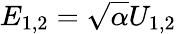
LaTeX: E_{1,2}=\sqrt{\alpha}U_{1,2}